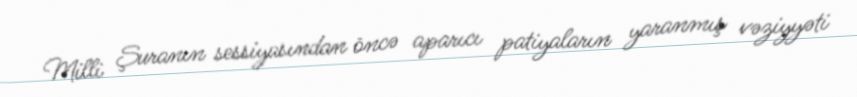
Milli Şuranın sessiyasından öncə aparıcı patiyaların yaranmış vəziyyəti